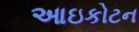
આઇકોટન